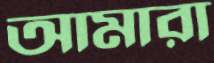
আমারা